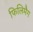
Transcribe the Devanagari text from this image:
फिलिमैग